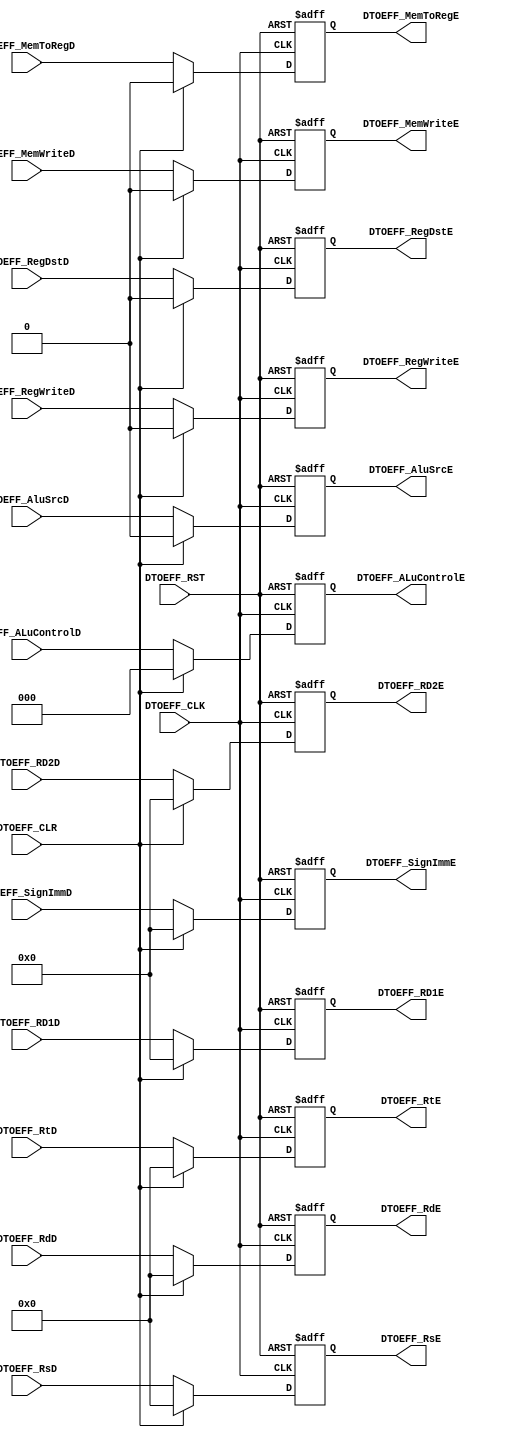
// TYPE: module
// DEPARTMENT: communication and electronics department
// AUTHOR EMAIL: mina.hannaone@gmail.com
//------------------------------------------------
// Release history
// VERSION DATE AUTHOR DESCRIPTION
// 1.0 4/9/2022 Mina Hanna final version
//------------------------------------------------
// KEYWORDS: pipeline mips, decode and execute instruction
//------------------------------------------------
// PURPOSE: this a FF to decompose instruction into decode and execute\
///////////inputs and outputs ports declaration//////////////
module DTOEFF #(parameter WIDTH = 32) (
  input    wire    [WIDTH-1:0]     DTOEFF_RD1D,
  input    wire    [WIDTH-1:0]     DTOEFF_RD2D,
  input    wire    [4:0]           DTOEFF_RsD,
  input    wire    [4:0]           DTOEFF_RtD,
  input    wire    [4:0]           DTOEFF_RdD,
  input    wire    [WIDTH-1:0]     DTOEFF_SignImmD,
  input    wire                    DTOEFF_RegWriteD,
  input    wire                    DTOEFF_MemWriteD,
  input    wire                    DTOEFF_MemToRegD,
  input    wire    [2:0]           DTOEFF_ALuControlD,
  input    wire                    DTOEFF_AluSrcD,
  input    wire                    DTOEFF_RegDstD,
  input    wire                    DTOEFF_CLK,
  input    wire                    DTOEFF_RST,
  input    wire                    DTOEFF_CLR,
  output   reg     [WIDTH-1:0]     DTOEFF_RD1E,
  output   reg     [WIDTH-1:0]     DTOEFF_RD2E,
  output   reg     [4:0]           DTOEFF_RsE,
  output   reg     [4:0]           DTOEFF_RtE,
  output   reg     [4:0]           DTOEFF_RdE,
  output   reg     [WIDTH-1:0]     DTOEFF_SignImmE,
  output   reg                     DTOEFF_RegWriteE,
  output   reg                     DTOEFF_MemWriteE,
  output   reg                     DTOEFF_MemToRegE,
  output   reg     [2:0]           DTOEFF_ALuControlE,
  output   reg                     DTOEFF_AluSrcE,
  output   reg                     DTOEFF_RegDstE
  );
  
  always@(posedge DTOEFF_CLK or negedge DTOEFF_RST)
  begin
    if(!DTOEFF_RST)
      begin
        DTOEFF_RD1E <= 'b0;
        DTOEFF_RD2E <= 'b0;
        DTOEFF_RsE  <= 'b0;
        DTOEFF_RtE  <= 'b0;
        DTOEFF_RdE  <= 'b0;
        DTOEFF_SignImmE <= 'b0;
        DTOEFF_RegWriteE <= 1'b0;
        DTOEFF_MemWriteE <= 1'b0;
        DTOEFF_MemToRegE <= 1'b0;
        DTOEFF_AluSrcE <= 1'b0;
        DTOEFF_RegDstE <= 1'b0;
        DTOEFF_ALuControlE <= 3'b0;
      end
    else if(DTOEFF_CLR)
      begin
        DTOEFF_RD1E <= 'b0;
        DTOEFF_RD2E <= 'b0;
        DTOEFF_RsE  <= 'b0;
        DTOEFF_RtE  <= 'b0;
        DTOEFF_RdE  <= 'b0;
        DTOEFF_SignImmE <= 'b0;
        DTOEFF_RegWriteE <= 1'b0;
        DTOEFF_MemWriteE <= 1'b0;
        DTOEFF_MemToRegE <= 1'b0;
        DTOEFF_AluSrcE <= 1'b0;
        DTOEFF_RegDstE <= 1'b0;
        DTOEFF_ALuControlE <= 3'b0;
      end
    else
      begin
        DTOEFF_RD1E <= DTOEFF_RD1D;
        DTOEFF_RD2E <= DTOEFF_RD2D;
        DTOEFF_RsE  <= DTOEFF_RsD;
        DTOEFF_RtE  <= DTOEFF_RtD;
        DTOEFF_RdE  <= DTOEFF_RdD;
        DTOEFF_SignImmE <= DTOEFF_SignImmD;
        DTOEFF_RegWriteE <= DTOEFF_RegWriteD;
        DTOEFF_MemWriteE <= DTOEFF_MemWriteD;
        DTOEFF_MemToRegE <= DTOEFF_MemToRegD;
        DTOEFF_AluSrcE <= DTOEFF_AluSrcD;
        DTOEFF_RegDstE <= DTOEFF_RegDstD;
        DTOEFF_ALuControlE <= DTOEFF_ALuControlD;
      end
  end
  
endmodule